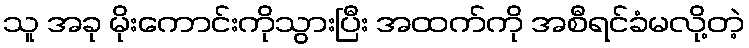
သူ အခု မိုးကောင်းကိုသွားပြီး အထက်ကို အစီရင်ခံမလို့တဲ့